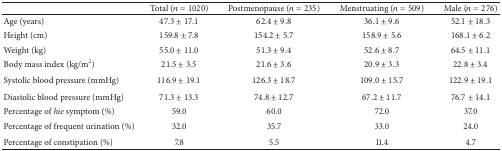
<table><thead><tr><td><b> </b></td><td><b>Total (<i>n</i> = 1020)</b></td><td><b>Postmenopause (<i>n</i> = 235)</b></td><td><b>Menstruating (<i>n</i> = 509)</b></td><td><b>Male (<i>n</i> = 276)</b></td></tr></thead><tbody><tr><td>Age (years)</td><td>47.3 ± 17.1</td><td>62.4 ± 9.8</td><td>36.1 ± 9.6</td><td>52.1 ± 18.3</td></tr><tr><td>Height (cm)</td><td>159.8 ± 7.8</td><td>154.2 ± 5.7</td><td>158.9 ± 5.6</td><td>168.1 ± 6.2</td></tr><tr><td>Weight (kg)</td><td>55.0 ± 11.0</td><td>51.3 ± 9.4</td><td>52.6 ± 8.7</td><td>64.5 ± 11.1</td></tr><tr><td>Body mass index (kg/m<sup>2</sup>)</td><td>21.5 ± 3.5</td><td>21.6 ± 3.6</td><td>20.9 ± 3.3</td><td>22.8 ± 3.4</td></tr><tr><td>Systolic blood pressure (mmHg)</td><td>116.9 ± 19.1</td><td>126.3 ± 18.7</td><td>109.0 ± 15.7</td><td>122.9 ± 19.1</td></tr><tr><td>Diastolic blood pressure (mmHg)</td><td>71.3 ± 13.3</td><td>74.8 ± 12.7</td><td>67.2 ± 11.7</td><td>76.7 ± 14.1</td></tr><tr><td>Percentage of <i>hie </i>symptom (%)</td><td>59.0 </td><td>60.0 </td><td>72.0 </td><td>37.0 </td></tr><tr><td>Percentage of frequent urination (%)</td><td>32.0 </td><td>35.7 </td><td>33.0 </td><td>24.0 </td></tr><tr><td>Percentage of constipation (%)</td><td>7.8 </td><td>5.5 </td><td>11.4 </td><td>4.7 </td></tr></tbody></table>